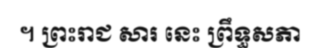
។ ព្រះរាជ សារ នេះ ព្រឹទ្ធសភា